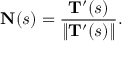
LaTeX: \mathbf { N } ( s ) = { \frac { \mathbf { T } ^ { \prime } ( s ) } { \| \mathbf { T } ^ { \prime } ( s ) \| } } .